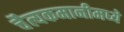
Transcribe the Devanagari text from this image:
चैत्यकमानीमध्ये